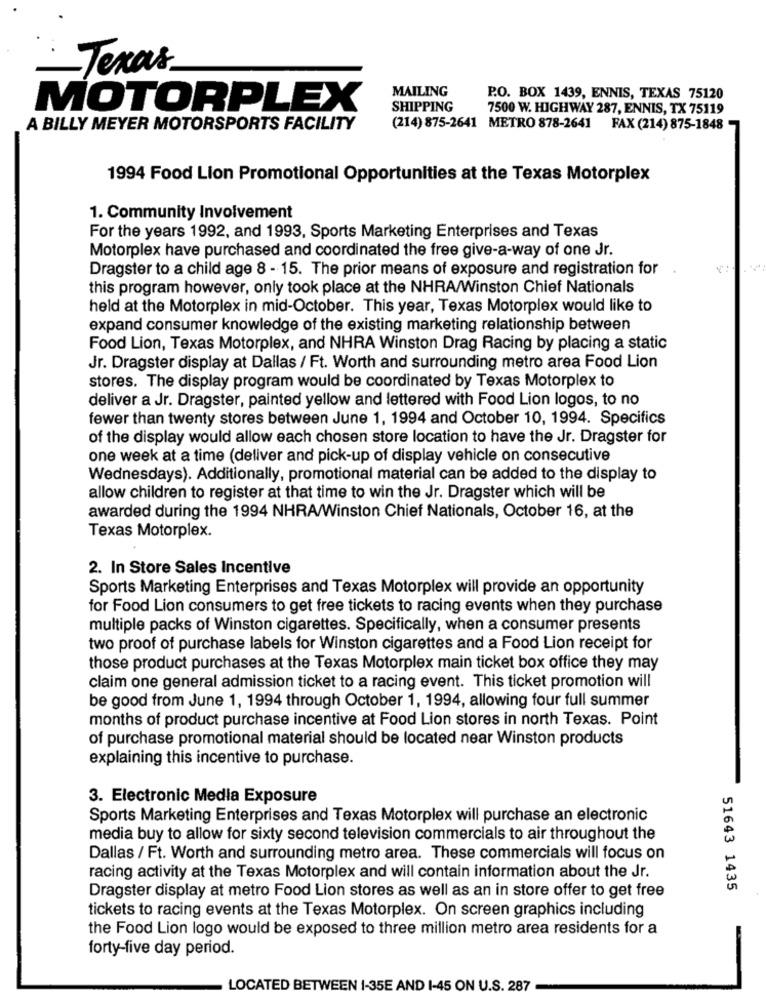
Texas
MAILING
P.O. BOX 1439, ENNIS, TEXAS 75120
MOTORPLEX
SHIPPING
7500 W. HIGHWAY 287, ENNIS, TX 75119
A BILLY MEYER MOTORSPORTS FACILITY
(214) 875-2641 METRO 878-2641 FAX (214) 875-1848
1994 Food Lion Promotional Opportunities at the Texas Motorplex
1. Community Involvement
For the years 1992, and 1993, Sports Marketing Enterprises and Texas
Motorplex have purchased and coordinated the free give-a-way of one Jr.
Dragster to a child age 8 - 15. The prior means of exposure and registration for
this program however, only took place at the NHRA/Winston Chief Nationals
held at the Motorplex in mid-October. This year, Texas Motorplex would like to
expand consumer knowledge of the existing marketing relationship between
Food Lion, Texas Motorplex, and NHRA Winston Drag Racing by placing a static
Jr. Dragster display at Dallas / Ft. Worth and surrounding metro area Food Lion
stores. The display program would be coordinated by Texas Motorplex to
deliver a Jr. Dragster, painted yellow and lettered with Food Lion logos, to no
fewer than twenty stores between June 1, 1994 and October 10, 1994. Specifics
of the display would allow each chosen store location to have the Jr. Dragster for
one week at a time (deliver and pick-up of display vehicle on consecutive
Wednesdays). Additionally, promotional material can be added to the display to
allow children to register at that time to win the Jr. Dragster which will be
awarded during the 1994 NHRA/Winston Chief Nationals, October 16, at the
Texas Motorplex.
2. In Store Sales Incentive
Sports Marketing Enterprises and Texas Motorplex will provide an opportunity
for Food Lion consumers to get free tickets to racing events when they purchase
multiple packs of Winston cigarettes. Specifically, when a consumer presents
two proof of purchase labels for Winston cigarettes and a Food Lion receipt for
those product purchases at the Texas Motorplex main ticket box office they may
claim one general admission ticket to a racing event. This ticket promotion will
be good from June 1, 1994 through October 1, 1994, allowing four full summer
months of product purchase incentive at Food Lion stores in north Texas. Point
of purchase promotional material should be located near Winston products
explaining this incentive to purchase.
3. Electronic Media Exposure
Sports Marketing Enterprises and Texas Motorplex will purchase an electronic
media buy to allow for sixty second television commercials to air throughout the
Dallas / Ft. Worth and surrounding metro area. These commercials will focus on
racing activity at the Texas Motorplex and will contain information about the Jr.
Dragster display at metro Food Lion stores as well as an in store offer to get free
51643 1435
tickets to racing events at the Texas Motorplex. On screen graphics including
the Food Lion logo would be exposed to three million metro area residents for a
forty-five day period.
LOCATED BETWEEN 1-35E AND 1-45 ON U.S. 287